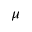
\mu